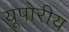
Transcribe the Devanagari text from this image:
यूपोरीय